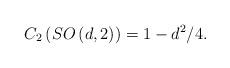
LaTeX: \begin{align*}C_2\left( SO\left( d,2\right) \right) =1-d^2/4.\end{align*}